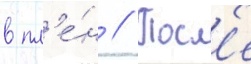
в пл'е́н // Посл'е